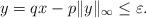
LaTeX: \begin{align*}y = q x - p \|y\|_{\infty} \leq \varepsilon.\end{align*}